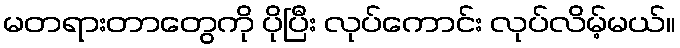
မတရားတာတွေကို ပိုပြီး လုပ်ကောင်း လုပ်လိမ့်မယ်။